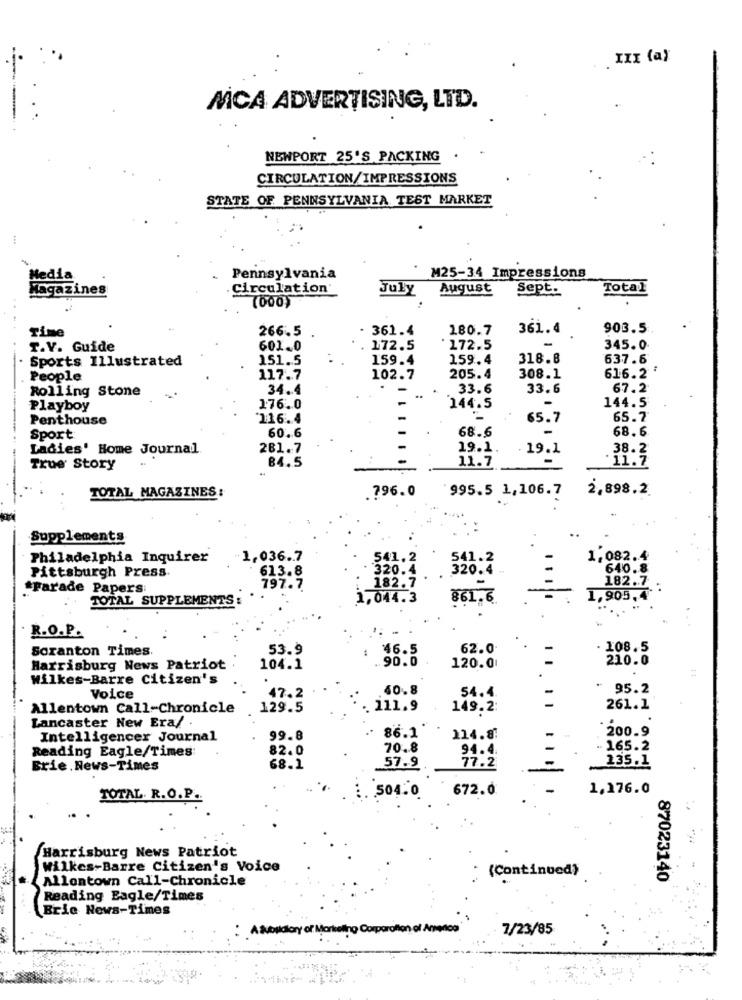
NICA ADVERTISING, LTD.
NEWPORT 25'S PACKING
CIRCULATION/IMPRESSIONS
STATE OF PENNSYLVANIA TEST MARKET
Media
Pennsylvania
M25-34 Impressions
Magazines
Circulation
July
August
Sept.
Total
(000)
Time
266.5
- 361.4
180.7
361.4
903.5
T.V. Guide
601.0
172.5
172.5
-
345.0
Sports Illustrated
151.5
159.4
159.4
318.8
637.6
616.2 '
People
117.7
102.7
205.4
308.1
Rolling Stone
34.4
-
33.6
33.6
67.2
-
144.5
Playboy
176.0
144.5
Penthouse
116.4
65.7
65.7
68.6
Sport
60.6
68.6
Ladies' Home Journal
281.7
19.1
19.1
38.2
11.7
-
:11.7
True' Story
84.5
TOTAL MAGAZINES:
796.0
995.5 1,106.7
2,898.2
Supplements
Philadelphia Inquirer
1,036.7
541.2
541.2
1,082.4
Pittsburgh Press
613.8
320.4
320.4 -
640.8
182.7
*parade Papers:
797.7
182.7
TOTAL SUPPLEMENTS:
1.044.3
861.6
1,905,4
R.O.P.
Scranton Times.
53.9
46.5
62.0
108.5
.. 90.0
210.0
Harrisburg News Patriot
104.1
120.01
=
Wilkes-Barre Citizen's
40.8
95.2
Voice
47.2
54.4
Allentown Call-Chronicle
129.5
111.9
149.2
261.1
Lancaster New Era/
86.1
200.9
Intelligencer Journal
99.8
214.87
Reading Eagle/Times:
82.0
70.8
94.4
165.2
135.1
Brie. News-Times
68.1
57.9
77.2
672.0
1.176.0
TOTAL. R.O.P.
504.0
Harrisburg News Patriot
Wilkes-Barre Citizen's Voice
(Continued)
Allontown Call-Chronicle
87023140
Reading Eagle/Times
Brie News-Times
A Subildlory of Marketing Corporation of America"
7/23/85